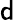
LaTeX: {\mathsf d}